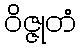
ဝိဇ္ဇုတံ